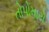
તોપોમારો